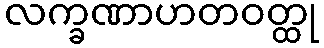
လက္ခဏာဟတဝတ္ထု